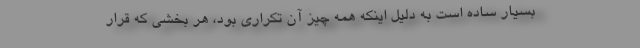
بسیار ساده است به دلیل اینکه همه چیز آن تکراری بود، هر بخشی که قرار